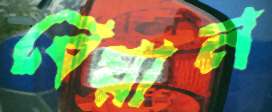
বেয়ান